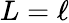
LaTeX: L=\ell